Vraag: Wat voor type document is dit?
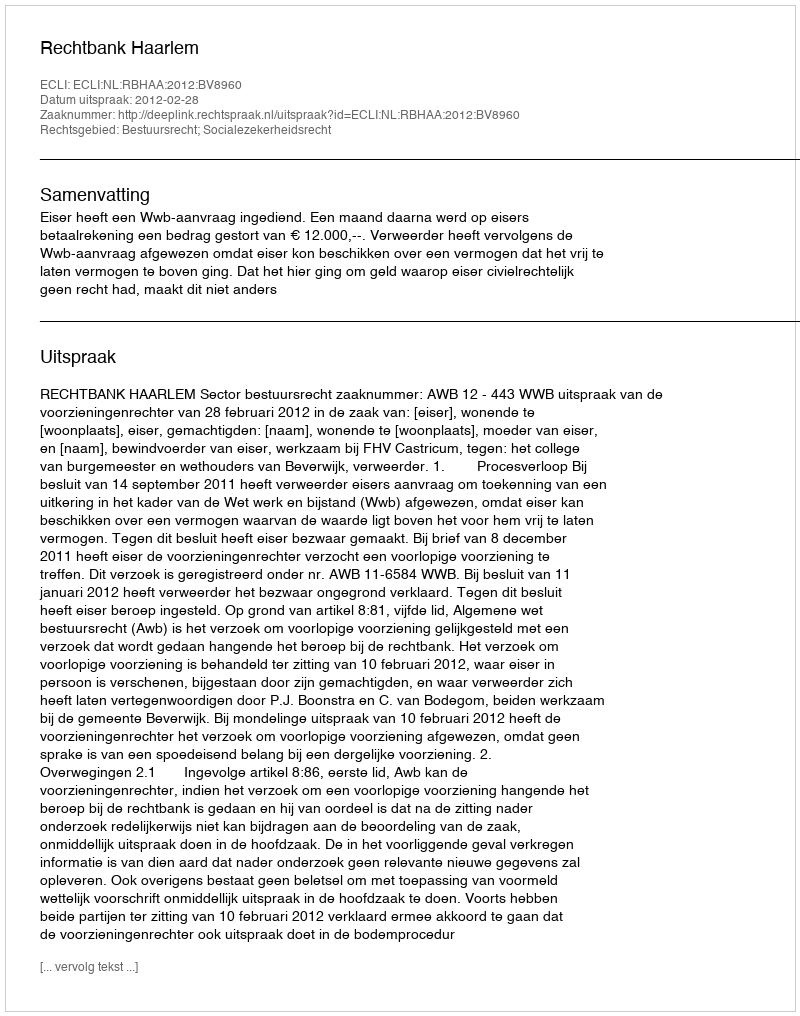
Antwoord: Uitspraak